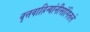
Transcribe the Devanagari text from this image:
वृत्तवाहिन्यांनीसांगितले